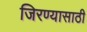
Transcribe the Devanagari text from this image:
जिरण्यासाठी